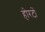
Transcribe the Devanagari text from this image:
होरटों